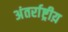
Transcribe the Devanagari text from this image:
अंतर्राष्ट्रीय़